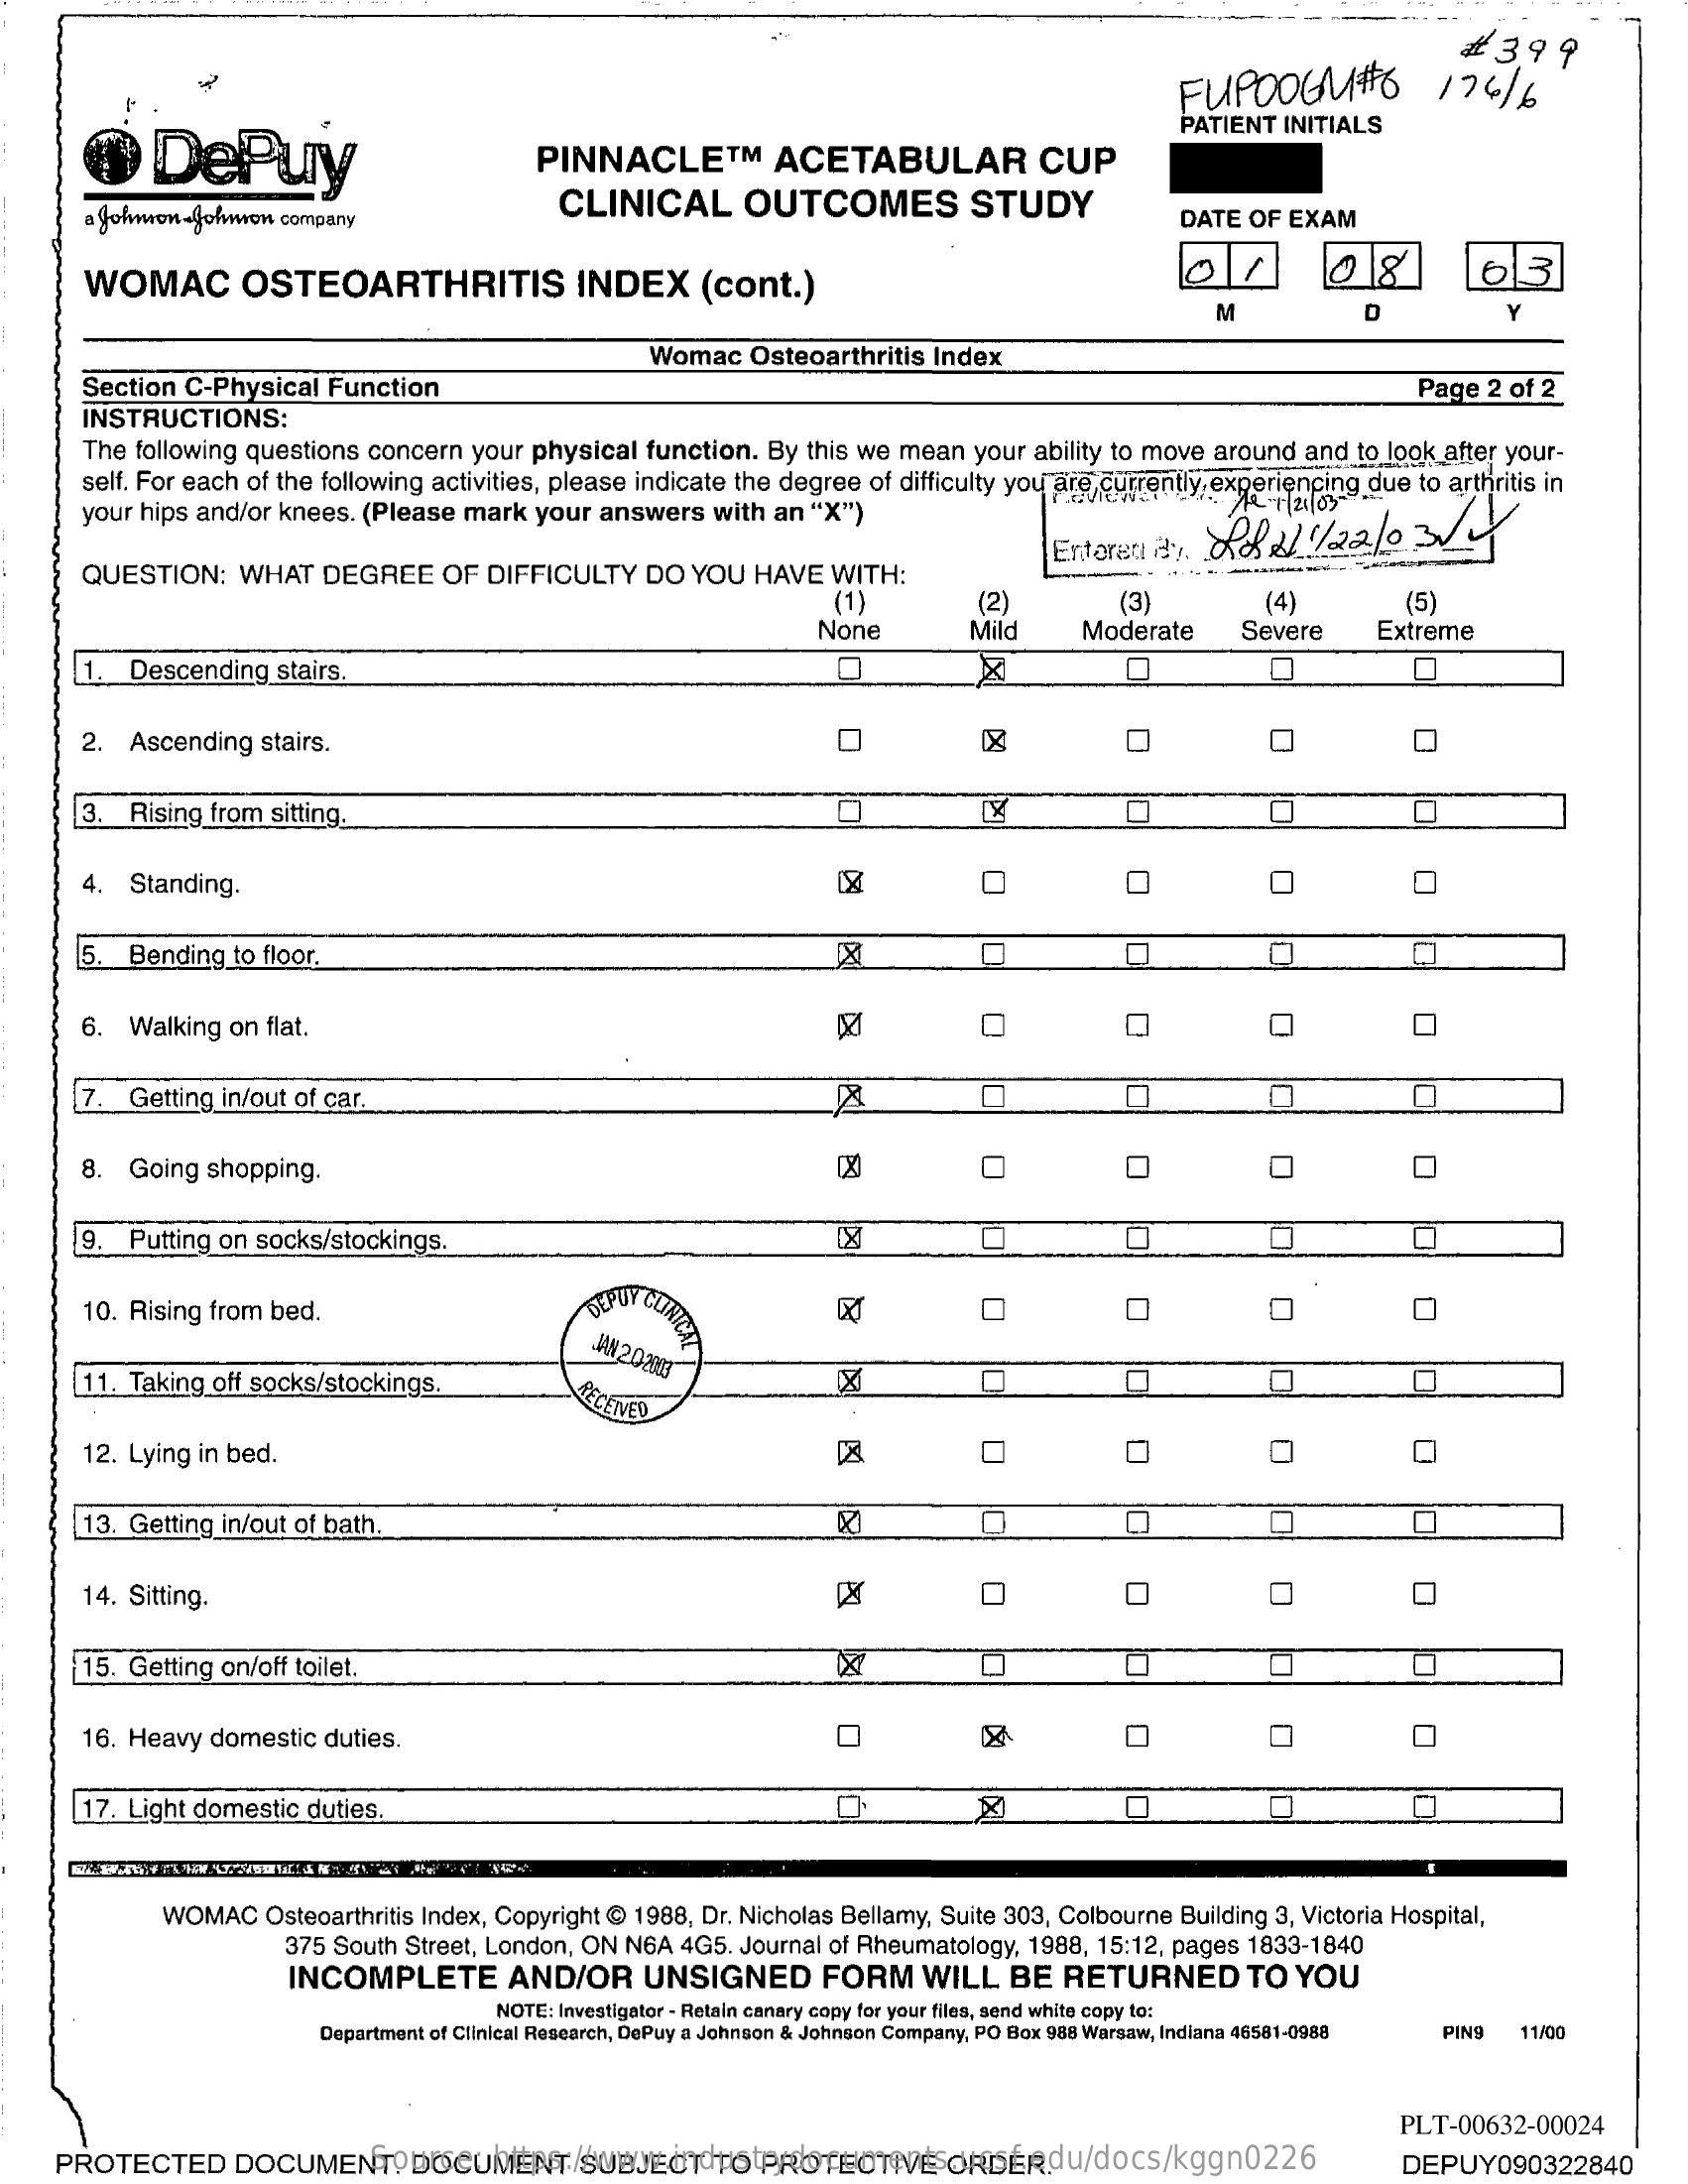
FUPOOGM#0    174/   6
     £  399
     DePuy
     PATIENT INITIALS
     PINNACLETM    ACETABULAR    CUP
     Johmon-Johwron company
     CLINICAL    OUTCOMES    STUDY
     DATE OF EXAM
     WOMAC    OSTEOARTHRITIS    INDEX    (cont.)
     M
     >
     Section C-Physical Function
     Womac   Osteoarthritis Index
     Page  2 of 2
     INSTRUCTIONS:
     The following questions concern your physical function. By this we mean your ability to move around and to look after your-
     self. For each of the following activities, please indicate the degree of difficulty you are currently experiencing due to arthritis in
     your hips and/or knees. (Please mark your answers with an "X")
     QUESTION:   WHAT  DEGREE    OF DIFFICULTY   DO YOU  HAVE  WITH:
     Enteret ity. Lol211/22/0    3/
     (1)    (2)
     Moderate
     (5)
     None    Mild
     (3)    (4)
     Severe    Extreme
     1. Descending  stairs.
     2. Ascending stairs.
     3. Rising from sitting.    0
     O
     4. Standing.
     O
     5. Bending to floor.
     6.  Walking on flat.    0
     7. Getting in/out of car.    O    O
     8. Going shopping.    54    O    0    0    O
     9. Putting on socks/stockings.
     10. Rising from bed.    EPUY
     CLINICS    0    0
     JAN
     202007
     11. Taking off socks/stockings.    RECEIVES
     12. Lying in bed.    0    0
     13. Getting in/out of bath.
     14. Sitting.    0    O O
     15. Getting on/off toilet.    O
     16. Heavy domestic duties.    O
     17. Light domestic duties.    O
     WOMAC   Osteoarthritis Index, Copyright @ 1988, Dr. Nicholas Bellamy, Suite 303, Colbourne Building 3, Victoria Hospital,
     375 South Street, London, ON N6A 4G5. Journal of Rheumatology, 1988, 15:12, pages 1833-1840
     INCOMPLETE    AND/OR    UNSIGNED    FORM    WILL   BE  RETURNED    TO  YOU
     NOTE: Investigator - Retain canary copy for your files, send white copy to:
     Department of Clinical Research, DePuy a Johnson & Johnson Company, PO Box 988 Warsaw, Indiana 46581-0988 PIN9 11/00
     PLT-00632-00024
     Source:  https://www.industrydocuments.ucsf.edu/docs/kggn0226 PROTECTED DOCUMENT. DOCUMENT SUBJECT TO PROTECTIVE ORDER. DEPUY090322840